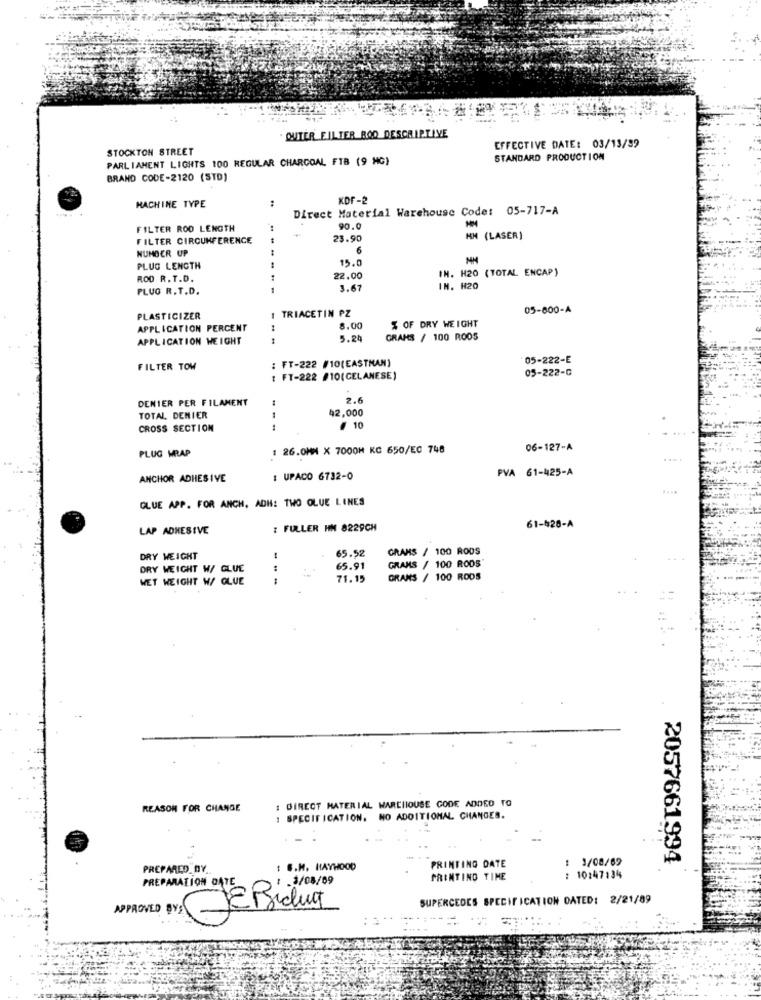
OUTER FILTER BOO DESCRIPTIVE
STOCKTON STREET
EFFECTIVE DATE: 03/13/89
PARLIAMENT LIGHTS 100 REGULAR CHARCOAL FTB (9 MG)
STANDARD PRODUCTION
BRAND CODE-2120 (STD)
MACHINE TYPE
KDF-2
Direct Material Warehouse Code: 05-717-A
FILTER ROD LENGTH
90.0
FILTER CIRCUMFERENCE
23.90
KM (LASER)
NUMBER UP
6
15.0
PLUG LENGTH
IN. H20 (TOTAL ENCAP)
ROD R. T.D.
22.00
PLUG R.T.D.
----
3.67
IN. H20
I TRIACETIN PZ
05-800-A
PLASTICIZER
% OF DRY WEIGHT
APPLICATION PERCENT
8.00
APPLICATION WEIGHT
5.24
GRANS / 100 ROOS
05-222-E
FILTER TOW
: FT-222 #10(EASTMAN)
05-222-G
: FT-222 #10(CELANESE)
DENIER PER FILAMENT
2.6
42,000
TOTAL DENIER
CROSS SECTION
# 10
PLUG WRAP
: 26.0MM X 7000H KC 650/EC 748
06-127-A
PVA 61-425-A
ANCHOR ADHESIVE
: UPACO 6732-0
GLUE APP. FOR ANCH, ADH: TWO OLUE LINES
LAP ADHESIVE
: FULLER HM 8229CH
61-428-A
65.52
GRANS / 100 RODS
DRY WEIGHT
GRAMS / 100 RODS'
DRY WEIGHT W/ GLUE
65.91
WET WEIGHT W/ GLUE
71.15
GRANS / 100 RODS
: DIRECT MATERIAL MARCHIOUSE GODE ADDED TO
REASON FOR CHANGE
: SPECIFICATION. NO ADDITIONAL CHANGES.
-
: 3/08/69
2057661994
PREPARED_DY
: S.M. HAYHOOD
PRINTING DATE
PRINTING TIME
: 10:47:34
PREPARATION ONTE
1 .3/08/09
SUPERCEDES SPECIFICATION DATED: 2/21/89
JEPsicum